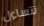
تتساءل